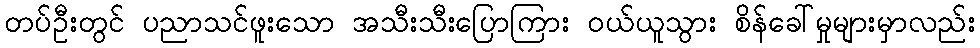
တပ်ဦးတွင် ပညာသင်ဖူးသော အသီးသီးပြောကြား ဝယ်ယူသွား စိန်ခေါ်မှုများမှာလည်း